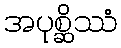
အပုစ္ဆိဿံ